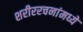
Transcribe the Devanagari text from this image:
शरीररचनांमध्ये